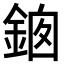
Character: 𨦱